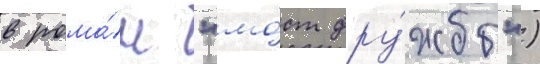
в рома́н "мо́ст дру́жбы")